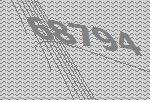
68794